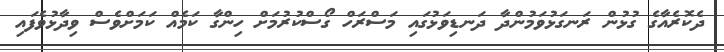
ދެކޮރެއާގެ ގުޅުން ރަނގަޅުވަމުންދާ ދަނޑިވަޅުގައި މަސްރަހް ގޯސްކުރުމަށް ހިންގާ ކަމެއް ކަމަށްވެސް ވިދާޅުވެފައި